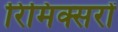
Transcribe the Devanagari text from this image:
रिमिक्सरों